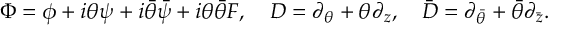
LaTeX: \Phi = \phi + i \theta \psi + i \bar { \theta } \bar { \psi } + i \theta \bar { \theta } F , ~ ~ ~ D = \partial _ { \theta } + \theta \partial _ { z } , ~ ~ ~ \bar { D } = \partial _ { \bar { \theta } } + \bar { \theta } \partial _ { \bar { z } } .